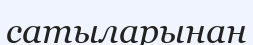
сатыларынан